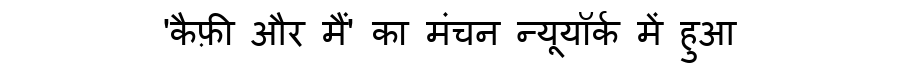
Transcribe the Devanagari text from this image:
'कैफ़ी और मैं' का मंचन न्यूयॉर्क में हुआ